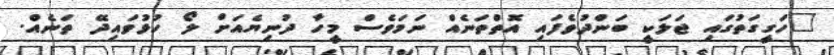
"ހަގީގަތުގައި ޖަލަކީ ބަންދުވެފައި އޮތްތަނެއް ނަމަވެސް މީހާ ދުނިޔެއަށް ލޯ ހުޅުވައިދޭ ތަނެއް.